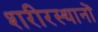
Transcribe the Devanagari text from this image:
शरीरस्थानों